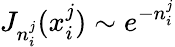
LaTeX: J_{n_{i}^{j}}(x_{i}^{j})\sim e^{-n_{i}^{j}}